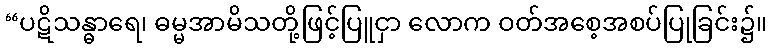
“ပဋိသန္ဓာရေ၊ ဓမ္မအာမိသတို့ဖြင့်ပြူငှာ လောက ဝတ်အစေ့အစပ်ပြုခြင်း၌။